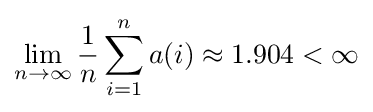
\lim _{n\to \infty }{\frac {1}{n}}\sum _{i=1}^{n}a(i)\approx 1.904<\infty